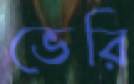
ভেরি